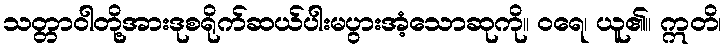
သတ္တာဝါတို့အားဒုစရိုက်ဆယ်ပါးမပွားအံ့သောဆုကို။ ဝရေ၊ ယူ၏။ ဣတိ၊